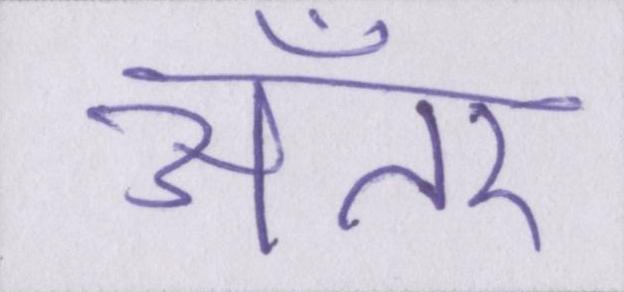
अँतर